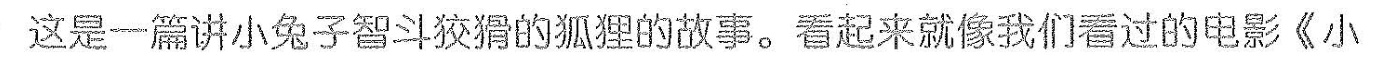
这是一篇讲小兔子智斗狡猾的狐狸的故事.看起来就像我们看过的电影《小